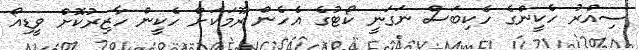
ސިއްރު ހެކީންގެ ހެކިބަސް ނަގަނީ ކޯޓުގެ އެހެން ރޫމަކަށް ހެކީން ހާޒިރުކޮށް ވީޑިއޯ